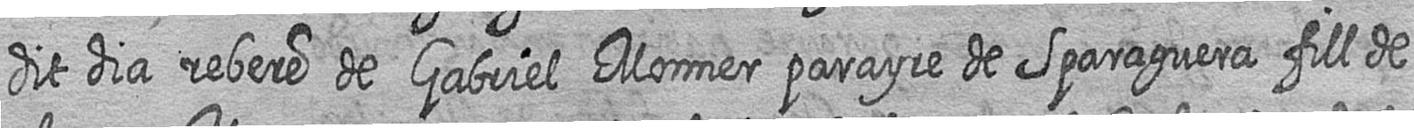
dit dia rebere de Gabriel Monner parayre de Sparaguera fill de